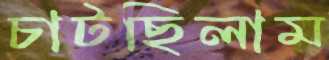
চাটছিলাম